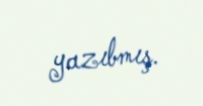
yazıbmış.